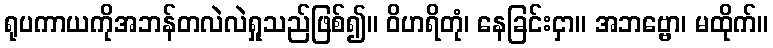
ရုပကာယကိုအဘန်တလဲလဲရှုသည်ဖြစ်၍။ ဝိဟရိတုံ၊ နေခြင်းငှာ။ အဘဗ္ဗော၊ မထိုက်။